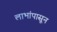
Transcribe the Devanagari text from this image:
लाभांपासून